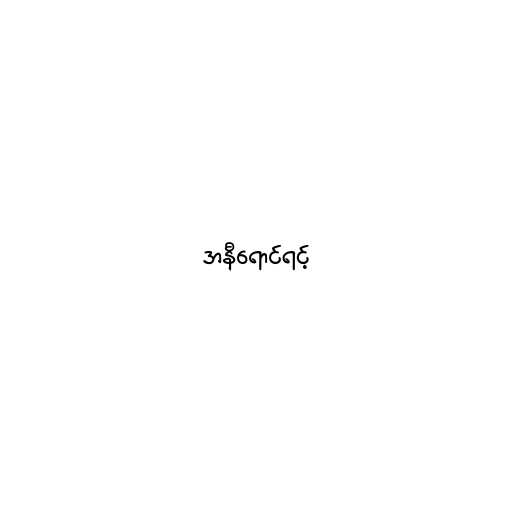
အနီရောင်ရင့်